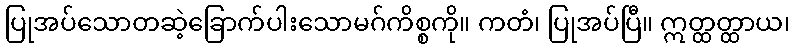
ပြုအပ်သောတဆဲ့ခြောက်ပါးသောမဂ်ကိစ္စကို။ ကတံ၊ ပြုအပ်ပြီ။ ဣတ္ထတ္ထာယ၊